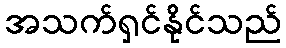
အသက်ရှင်နိုင်သည်